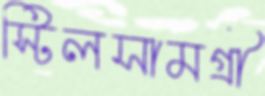
স্টিলসামগ্রী